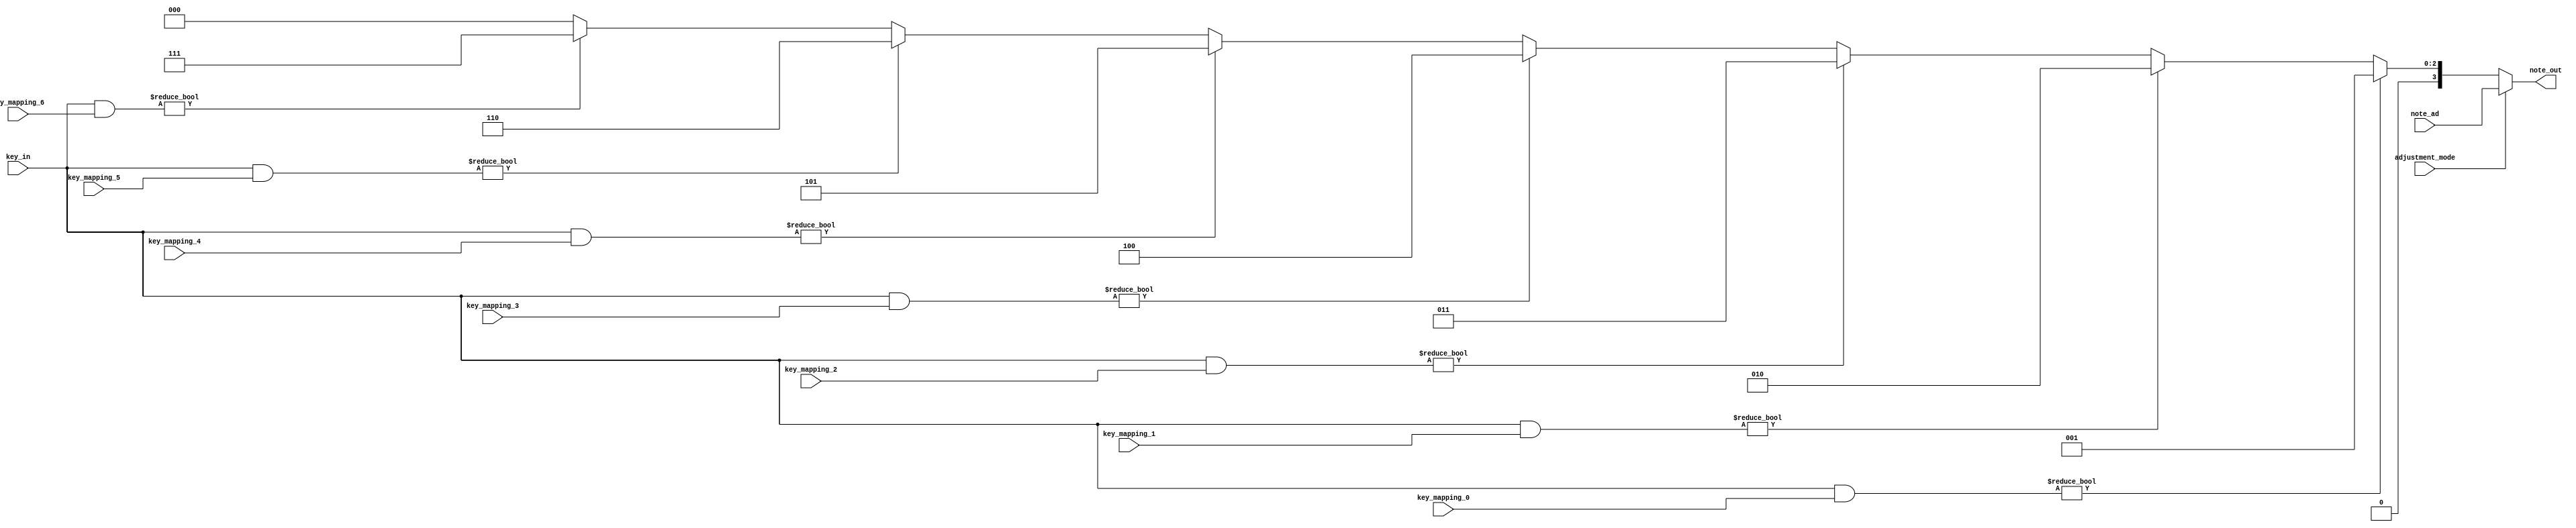
`timescale 1ns / 1ps
module KeyboardInput(
    input wire [6:0] key_in, // 7-bit input representing the keys
    input wire [3:0] note_ad,
    input wire [6:0] key_mapping_0, // Mapping for note 0
    input wire [6:0] key_mapping_1, // Mapping for note 1
    input wire [6:0] key_mapping_2, // Mapping for note 2
    input wire [6:0] key_mapping_3, // Mapping for note 3
    input wire [6:0] key_mapping_4, // Mapping for note 4
    input wire [6:0] key_mapping_5, // Mapping for note 5
    input wire [6:0] key_mapping_6, // Mapping for note 6
    input wire adjustment_mode,
    output reg [3:0] note_out // 4-bit output for the note
);


always @(*) begin
    note_out = 0; // Default to no note
    if (adjustment_mode) note_out = note_ad;
    else if (key_in & key_mapping_0) note_out = 1;
    else if (key_in & key_mapping_1) note_out = 2;
    else if (key_in & key_mapping_2) note_out = 3;
    else if (key_in & key_mapping_3) note_out = 4;
    else if (key_in & key_mapping_4) note_out = 5;
    else if (key_in & key_mapping_5) note_out = 6;
    else if (key_in & key_mapping_6) note_out = 7;
end

endmodule